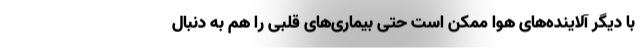
با دیگر آلاینده‌های هوا ممکن است حتی بیماری‌های قلبی را هم به دنبال